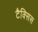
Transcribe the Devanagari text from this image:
टैक्सिस